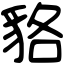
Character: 貉